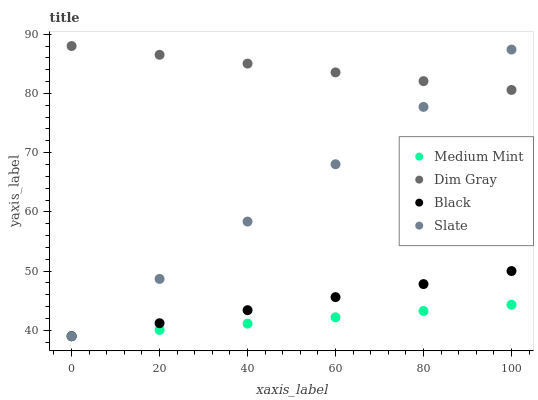
| xaxis_label | Medium Mint | Dim Gray | Black | Slate |
 | --- | --- | --- | --- | --- |
 | 0 | 39 | 88 | 39 | 39 |
 | 20 | 40.1 | 86.5 | 41.2 | 48.7 |
 | 40 | 41.1 | 85 | 43.4 | 58.4 |
 | 60 | 42.2 | 83.5 | 45.6 | 68 |
 | 80 | 43.3 | 82.1 | 47.8 | 77.7 |
 | 100 | 44.3 | 80.6 | 50 | 87.4 |